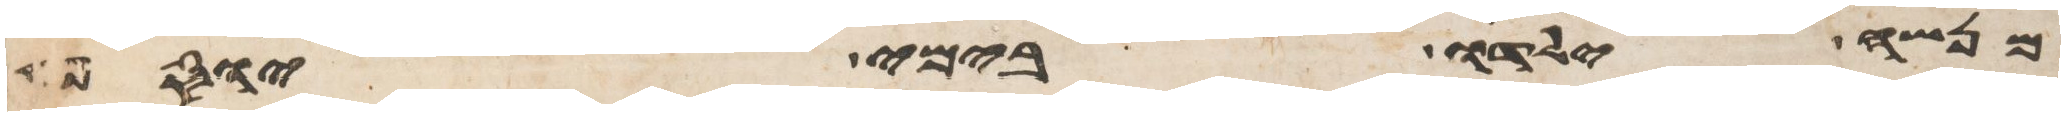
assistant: מנשה ילדו בימי יוסף